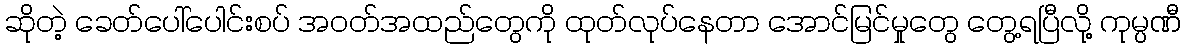
ဆိုတဲ့ ခေတ်ပေါ်ပေါင်းစပ် အဝတ်အထည်တွေကို ထုတ်လုပ်နေတာ အောင်မြင်မှုတွေ တွေ့ရပြီလို့ ကုမ္ပဏီ